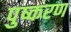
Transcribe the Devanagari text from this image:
पुष्करण